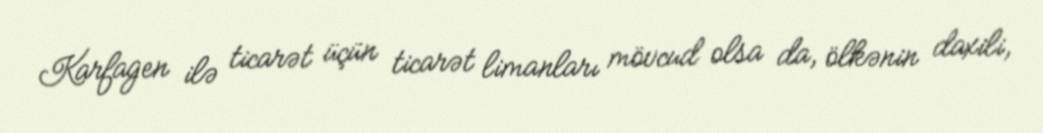
Karfagen ilə ticarət üçün ticarət limanları mövcud olsa da, ölkənin daxili,